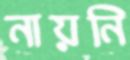
নায়নি